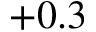
+ 0 . 3